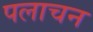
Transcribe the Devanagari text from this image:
पलाचन